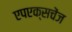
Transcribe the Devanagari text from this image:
एपएक्सचेंज